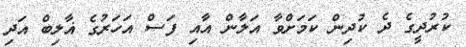
ކުރުދީގެ ދެ ކުދިން ކަމަށްވާ އަލާން އާއި ފަސް އަހަރުގެ ޣާލިބް އަދި